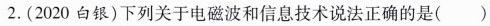
2.(2020白银)下列关于电磁波和信息技术说法正确的是( )